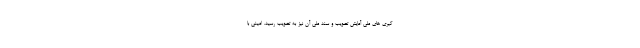
گیری های ملی آمایش تصویب و سند ملی آن نیز به تصویب رسید. امینی با